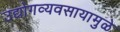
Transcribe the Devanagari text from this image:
उद्योगव्यवसायामुळे